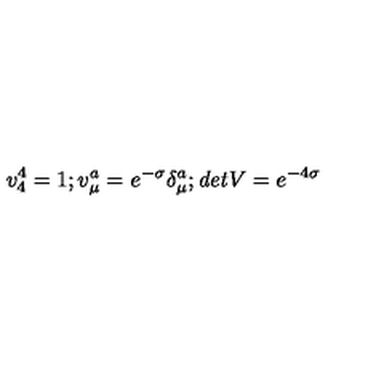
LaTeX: v _ { 4 } ^ { 4 } = 1 ; v _ { \mu } ^ { a } = e ^ { - \sigma } \delta _ { \mu } ^ { a } ; { \it d e t } V = e ^ { - 4 \sigma }